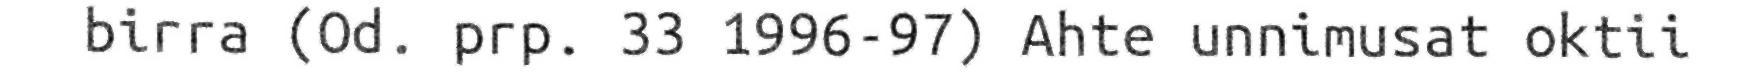
birra (Od. prp. 33 1996-97) Ahte unnimusat oktii